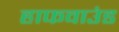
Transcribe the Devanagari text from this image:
हाफवाउंड